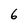
Character: 6